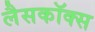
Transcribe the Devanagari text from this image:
लैसकॉक्स